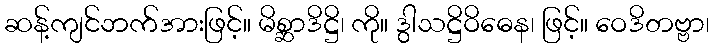
ဆန့်ကျင်ဘက်အားဖြင့်။ မိစ္ဆာဒိဋ္ဌိ၊ ကို။ ဒွါသဋ္ဌိဝိဓေန၊ ဖြင့်။ ဝေဒိတဗ္ဗာ၊